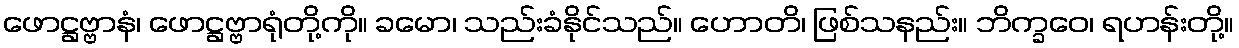
ဖောဋ္ဌဗ္ဗာနံ၊ ဖောဋ္ဌဗ္ဗာရုံတို့ကို။ ခမော၊ သည်းခံနိုင်သည်။ ဟောတိ၊ ဖြစ်သနည်း။ ဘိက္ခဝေ၊ ရဟန်းတို့။